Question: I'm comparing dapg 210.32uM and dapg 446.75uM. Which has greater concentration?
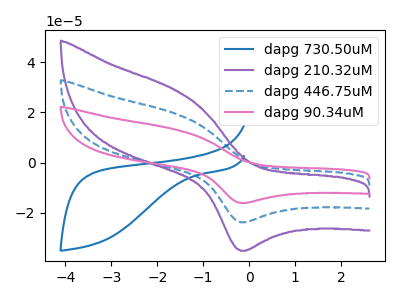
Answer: <think>The blue curve "dapg 730.50uM" has no peaks. The purple curve "dapg 210.32uM" has an anodic peak at (-1.60V, 29.00uA) and a cathodic peak at (-0.20V, -35.05uA). The blue dashed curve "dapg 446.75uM" has an anodic peak at (-1.60V, 19.65uA) and a cathodic peak at (-0.20V, -23.70uA). The pink curve "dapg 90.34uM" has an anodic peak at (-1.60V, 39.25uA) and a cathodic peak at (-0.20V, -47.45uA).
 All the peaks in "dapg 210.32uM" have a peak in "dapg 446.75uM" at the same potential. Every peak in "dapg 210.32uM" is higher than every peak in "dapg 446.75uM".</think>
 <answer>"dapg 210.32uM" has more signal than "dapg 446.75uM" and so likely has a higher concentration.</answer>
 <eval>more_concentration</eval>